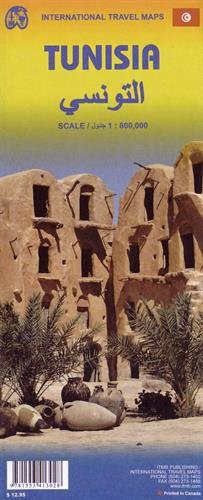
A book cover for Tunisia 1:800,000 & Libya 1:1.6M Travel Map (International Travel Maps); ITM Canada; Travel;